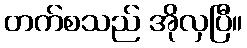
တက်စသည် အိုလှပြီ။